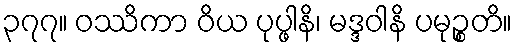
၃၇၇။ ဝဿိကာ ဝိယ ပုပ္ဖါနိ၊ မဒ္ဒဝါနိ ပမုဉ္စတိ။